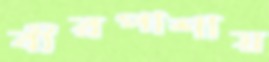
বীরপাশায়